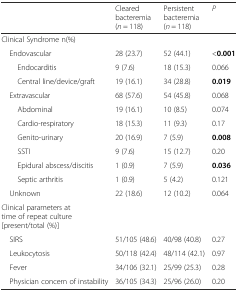
|  | Cleared bacteremia (n = 118) | Persistent bacteremia (n = 118) | P |
 | --- | --- | --- | --- |
 | Clinical Syndrome n(%) |  |  |  |
 | Endovascular | 28 (23.7) | 52 (44.1) | <0.001 |
 | Endocarditis | 9 (7.6) | 18 (15.3) | 0.066 |
 | Central line/device/graft | 19 (16.1) | 34 (28.8) | 0.019 |
 | Extravascular | 68 (57.6) | 54 (45.8) | 0.068 |
 | Abdominal | 19 (16.1) | 10 (8.5) | 0.074 |
 | Cardio-respiratory | 18 (15.3) | 11 (9.3) | 0.17 |
 | Genito-urinary | 20 (16.9) | 7 (5.9) | 0.008 |
 | SSTI | 9 (7.6) | 15 (12.7) | 0.20 |
 | Epidural abscess/discitis | 1 (0.9) | 7 (5.9) | 0.036 |
 | Septic arthritis | 1 (0.9) | 5 (4.2) | 0.121 |
 | Unknown | 22 (18.6) | 12 (10.2) | 0.064 |
 | Clinical parameters at time of repeat culture [present/total (%)] |  |  |  |
 | SIRS | 51/105 (48.6) | 40/98 (40.8) | 0.27 |
 | Leukocytosis | 50/118 (42.4) | 48/114 (42.1) | 0.97 |
 | Fever | 34/106 (32.1) | 25/99 (25.3) | 0.28 |
 | Physician concern of instability | 36/105 (34.3) | 25/96 (26.0) | 0.20 |